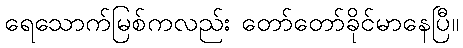
ရေသောက်မြစ်ကလည်း တော်တော်ခိုင်မာနေပြီ။